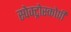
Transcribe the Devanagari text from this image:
स्‍पेक्‍ट्रोस्‍कोपी